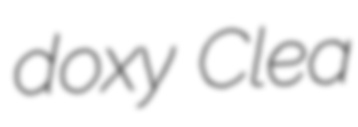
doxy Clea